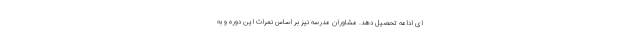
ای ادامه تحصیل دهد. مشاوران مدرسه نیز بر اساس نمرات این دوره و به